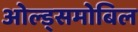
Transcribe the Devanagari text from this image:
ओल्ड्समोबिल